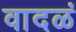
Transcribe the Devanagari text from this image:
वादळं